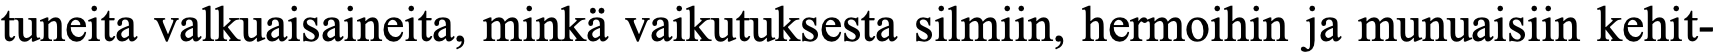
tuneita valkuaisaineita, minkä vaikutuksesta silmiin, hermoihin ja munuaisiin kehit-